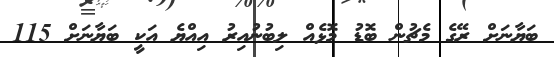
ބަޔާނަށް ރޭގެ މެޗުން ބޮޑު މޮޅެއް ލިބުނުއިރު އިއްޔެ އަކީ ބަޔާނަށް 115